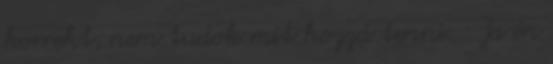
korrekt, nem tudok mit hozzá tenni. : Ja én